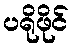
ပရိုဖိုင်